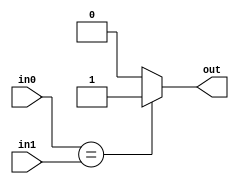
`timescale 1ns / 1ps

//Used to determine equality for the beq instruction at the ID stage

module compare(
	input wire [31:0] in0,in1,
	output wire out
    );
    
	assign out = (in0 == in1) ? 1 : 0;
endmodule